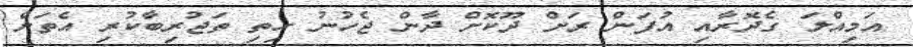
އަމިއްލަ ގެދޮރާއި އުފަން ރަށް ދޫކޮށް ދާން ޖެހުނު ހިތި ތަޖުރިބާކުރި އެތަށް